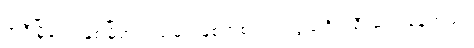
အဲဒီမြို့လေးနှစ်မြို့အလယ်မှာ မြစ်တစင်းကသွယ်ဝိုက်စီးဆင်းနေတယ်။